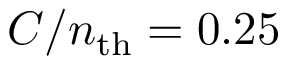
C / n _ { \mathrm { t h } } = 0 . 2 5